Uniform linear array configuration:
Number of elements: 16
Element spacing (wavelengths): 0.75
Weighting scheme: blackman
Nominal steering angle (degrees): -30
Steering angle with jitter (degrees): -31.089
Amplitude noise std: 0.05
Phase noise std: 0.05

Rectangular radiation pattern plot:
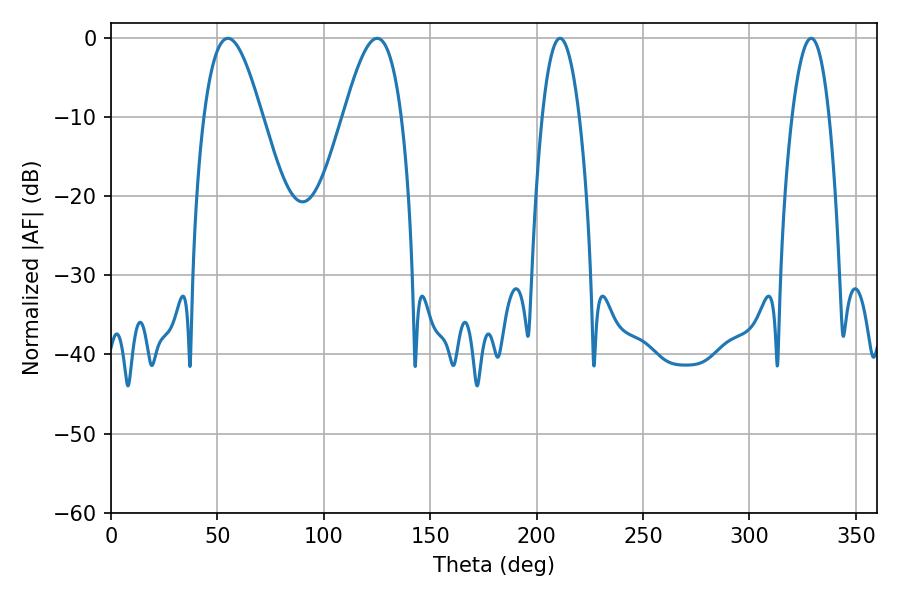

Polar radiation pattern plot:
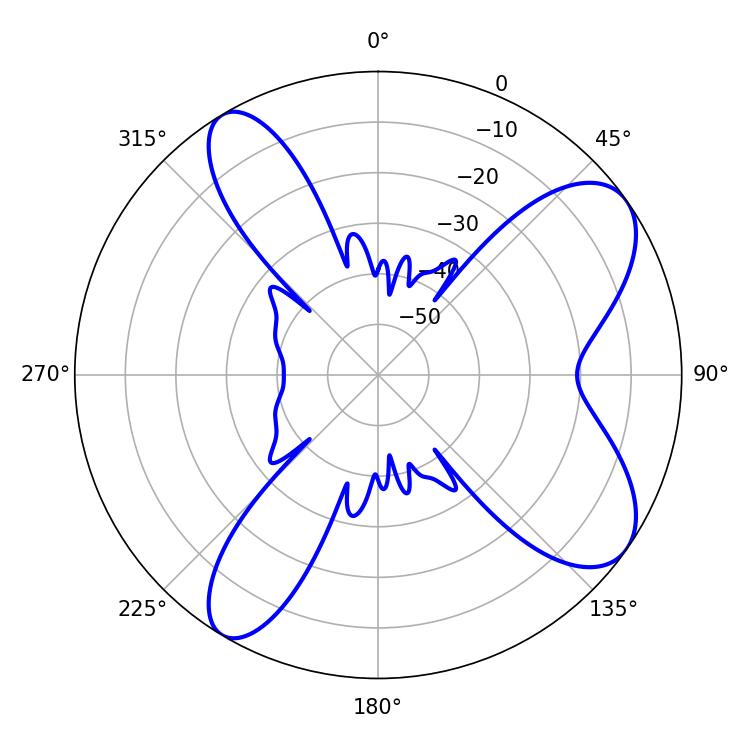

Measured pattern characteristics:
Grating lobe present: TRUE
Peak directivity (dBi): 8.478
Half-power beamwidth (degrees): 14.76
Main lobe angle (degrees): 54.9